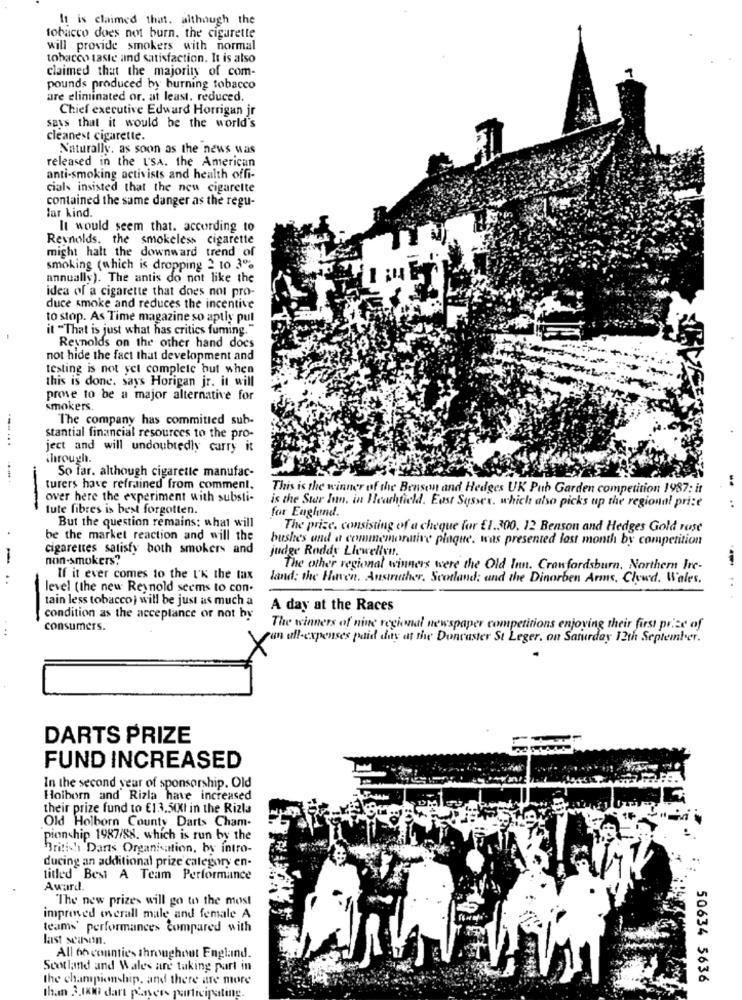
It is claimed that. although the
tobacco does not burn. the cigarette
will provide smokers with normal
tobacco taste and satisfaction. It is also
claimed that the majority of com-
pounds produced by burning tobacco
are eliminated or. at least. reduced.
Chief executive Edward Horrigan jr
says that it would be the world's
cleanest cigarette.
Naturally. as soon as the news was
released in the USA. the American
anti-smoking activists and health offi-
cials insisted that the new cigarette
contained the same danger as the regu-
lar kind.
It would seem that. according to
Reynolds. the smokeless cigarette
might halt the downward trend of
smoking (which is dropping 2 to 3%
annually). The antis do not like the
idea of a cigarette that does not pro-
duce smoke and reduces the incentive
to stop. As Time magazine so aptly pul
it "That is just what has critics fuming."
Reynolds on the other hand docs
not hide the fact that development and
testing is not yet complete but when
this is done. says Horigan jr. it will
prove to be a major alternative for
smokers.
The company has committed sub-
---...
stantial financial resources to the pro-
ject and will undoubtedly carry it
through.
So far. although cigarette manufac-
-.
turers have refrained from comment.
This is the winner of the Bensent and Hedges UK Pub Garden competition 1987: it
over here the experiment with substi-
-
tute fibres is best forgotten.
is the Star Inn, in Heathfield. East Sussex, which also picks up the regional prize
for England.
But the question remains; what will
The prize, consisting of a cheque for £1.300. 12 Benson and Hedges Gold rose
be the market reaction and will the
bushes and a commemorative plaque. was presented lost month by competition
cigarettes satisfy both smokers and
judge Roddy Llewellyn.
non-smokers"
The other regional winners were the Old Inn. Crawfordsburn, Northern Ire-
If it ever comes to the U'K the tax
land: the Hoven. Anstruther. Scotland: and the Dinorben Arms, Clywd. Wales,
level (the new Reynold seems to con.
tain less tobacco) will be just as much a
A day at the Races
condition as the acceptance or not by
....
consumers.
The winners of nine regional newspaper competitions enjoying their first prize of
run afl-expenses paid duy at the Doncaster St Leger, on Saturday 12th September.
DARTS PRIZE
FUND INCREASED
In the second year of sponsorship. Old
Holborn and Rizla have increased
their prize fund to €13,50h in the Rizla
Old Holborn County Darts Cham-
pion hip 1987/88. which is run by the
British Darts Organisation, by intro-
ducing an additional prize category en-
titled Besi A Team Performance
Award.
The new prizes will go to the most
improved overall male and female A
teams' performances compared with
last season.
All 66 counties throughout England.
Scotland and Wales are taking part in
the championship, and there are more
50634 5636
than 3.1800 dart players participating.